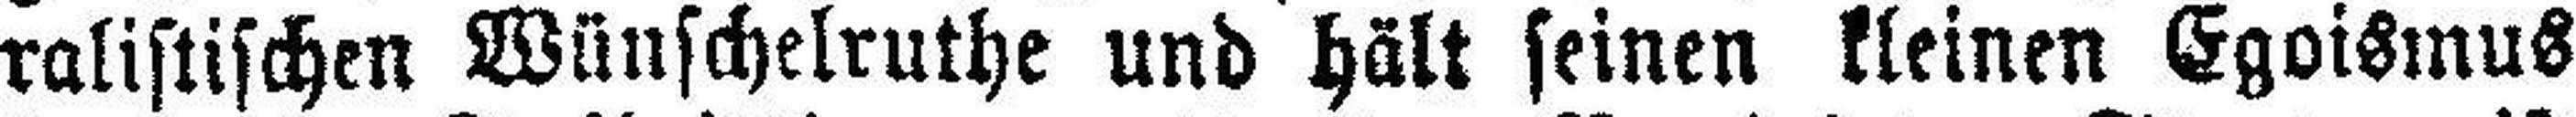
ralistischen Wünschelruthe und hält seinen kleinen Egoismus